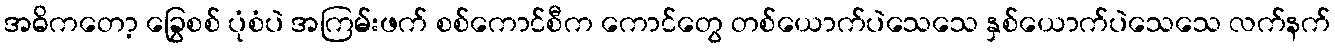
အဓိကတော့ ခြွေစစ် ပုံစံပဲ အကြမ်းဖက် စစ်ကောင်စီက ကောင်တွေ တစ်ယောက်ပဲသေသေ နှစ်ယောက်ပဲသေသေ လက်နက်